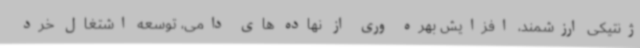
ژنتیکی ارزشمند، افزایش بهره وری از نهاده های دامی، توسعه اشتغال خرد